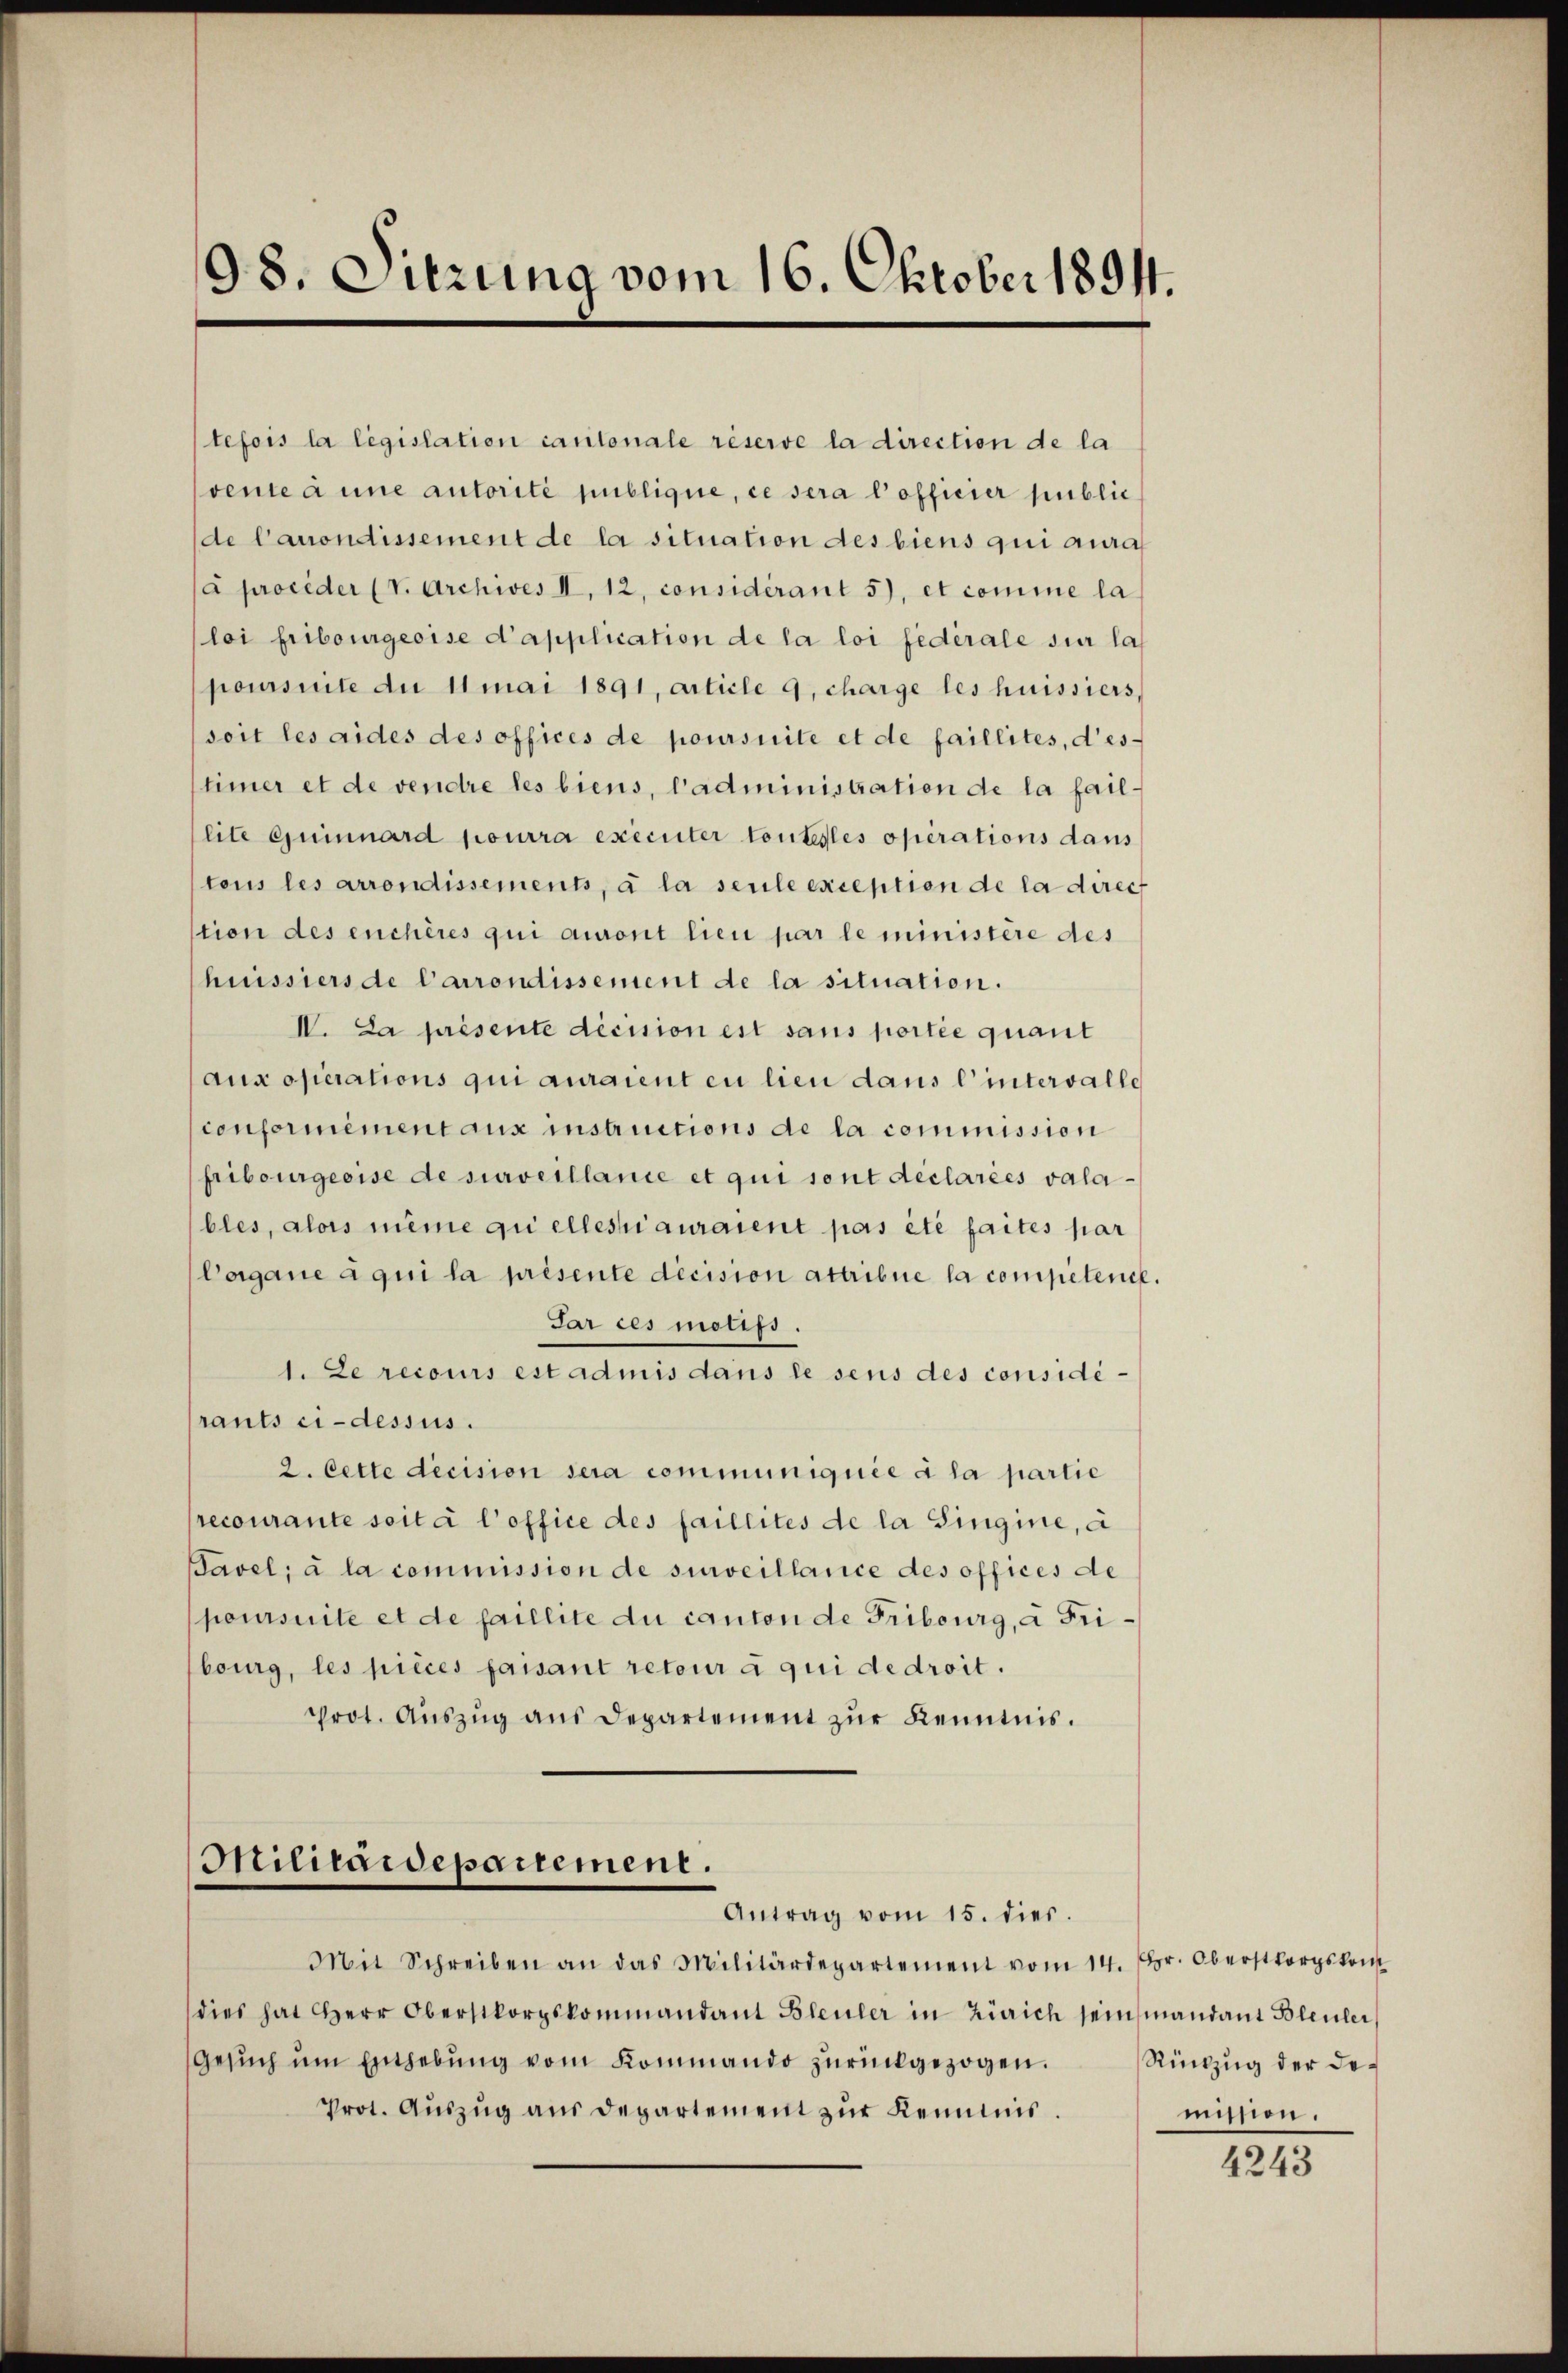
98. Sitzung vom 16. Oktober 1894.

tefois la législation cantonale réserve la direction de la
vente anne autorité publique, ce sera l’officier public
de Canondissement de la situation des biens qui aura
à proceder (v. Archives II, 12, considérant 5), et comme la
loi fribourgeoise d’application de la loi fédérale sur la
poursuite du 11 mai 1891, article 9, charge les huissiers,
soit les aides des offices de poursuite et de faillites, destimer et de vendre les biens, l’administration de la faillite Guinnard pourra exécuter toutestes operations dans
tous les arrondissements, à la seule exception de la direc
tion des enchères qui auront lieu par le ministère des
hiissiers de Carrondissement de la situation.
IV. La présente decision est sans portie quant
aux operations qui auraient eu lieu dans l’intervalle
conformément aux instructions de la commission
fribourgeeise de surveillance et qui sont déclarées valables, alors même qui elles auraient pas été faites par
Corgane à qui la présente decision attribue la competente.
Par ces motifs.
1. Le recours est admis dans le sens des considérants ci-dessus.
2. Cette decision sera communiquée à la partie
precourante soit à l’office des faillites de la Singine, a
Pavel; à la commission de surveillance des offices de
poursuite et de paillite du canton de Fribourg, à Fribourg, les pièces faisant retour à qui de droit.
prot. Aŭszŭg ans Departement zŭr Kenntnis.

Militaidepartement.
Antrag vom 15. dies.

Mit Schreiben an das Militärdepartement vom 14. Fr. Oberstorpskom
dies hat Herr Oberstkorpskommandant Bleuler in Zürich seinsmandant Bleuler,
Gesuch um Enthebung vom Kommando zurückgezogen.
Prot. Aŭszŭg aŭs departement zŭr Kenntnis.

Rückzug der demissen.

4243